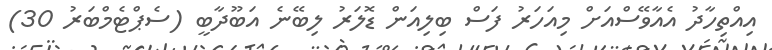
އިއްތިހާދު އެއާވޭސްއަށް މިއަހަރު ފަސް ބިލިއަން ޑޮލަރު ލިބޭނެ އަބޫދާބީ (ސެޕްޓެމްބަރު 30)